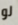
لو